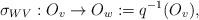
LaTeX: \begin{align*}\sigma_{WV}: O_v \to O_w:= q^{-1}(O_v),\end{align*}